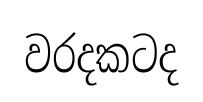
වරදකටද